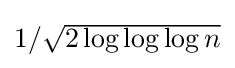
{\textstyle 1/{\sqrt {2\log \log \log n}}}